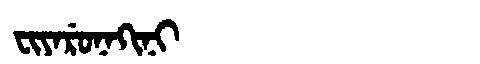
Manchu: ᠸᡳᠶᠠᡵᡠᠨᠠᡴᡳᠨᡳ
Romanization: FIYARUNAKINI